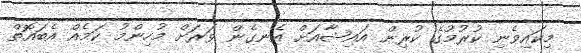
މިކައިވެނި ކުރުމުގެ ކުރިން އައިޝާއަށް އެނގެން ވަރަށް މުހިންމު ކަމެއް އެބައޮތް